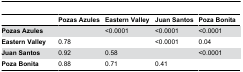
<table><thead><tr><td></td><td><b>Pozas Azules</b></td><td><b>Eastern Valley</b></td><td><b>Juan Santos</b></td><td><b>Poza Bonita</b></td></tr></thead><tbody><tr><td><b>Pozas Azules</b></td><td></td><td>&lt;0.0001</td><td>&lt;0.0001</td><td>&lt;0.0001</td></tr><tr><td><b>Eastern Valley</b></td><td>0.78</td><td></td><td>&lt;0.0001</td><td>0.04</td></tr><tr><td><b>Juan Santos</b></td><td>0.92</td><td>0.58</td><td></td><td>&lt;0.0001</td></tr><tr><td><b>Poza Bonita</b></td><td>0.88</td><td>0.71</td><td>0.41</td><td></td></tr></tbody></table>